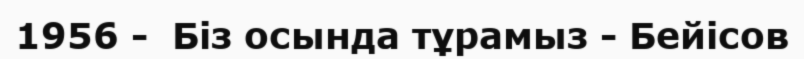
1956 -  Біз осында тұрамыз - Бейісов